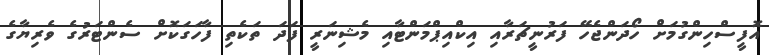
އޮފީސްހިންގުމަށް ހޯދަންޖެހޭ ފަރުނީޗަރާއި އިކްއިޕްމަންޓާއި މެޝިނަރީ ފަދަ ތަކެތި ފާހަގަކޮށް ސެންޓަރުގެ ވެރިޔާގެ